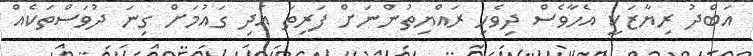
އަބްދު ރިޔާޒަކީ އެހާވެސް ދިވެހި ރައްޔިތުންނަށް ފަރިތަ އަދި ގައުމަށް ގިނަ ދުވަސްތަކެއް